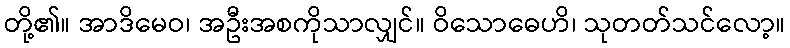
တို့၏။ အာဒိမေဝ၊ အဦးအစကိုသာလျှင်။ ဝိသောဓေဟိ၊ သုတတ်သင်လော့။